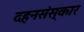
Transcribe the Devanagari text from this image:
दहनसंस्कार